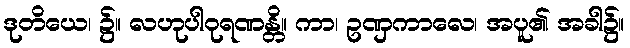
ဒုတိယေ၊ ၌။ လဟုပါဝုရဏန္တိ။ ကာ၊ ဥဏှကာလေ၊ အပူ၏ အခါ၌။